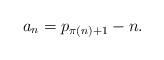
LaTeX: \begin{align*} a_n= p_{\pi(n)+1}-n.\end{align*}